Vaccination North-Western Provinces 1866-1877 - 1866-1877
Year: 1866
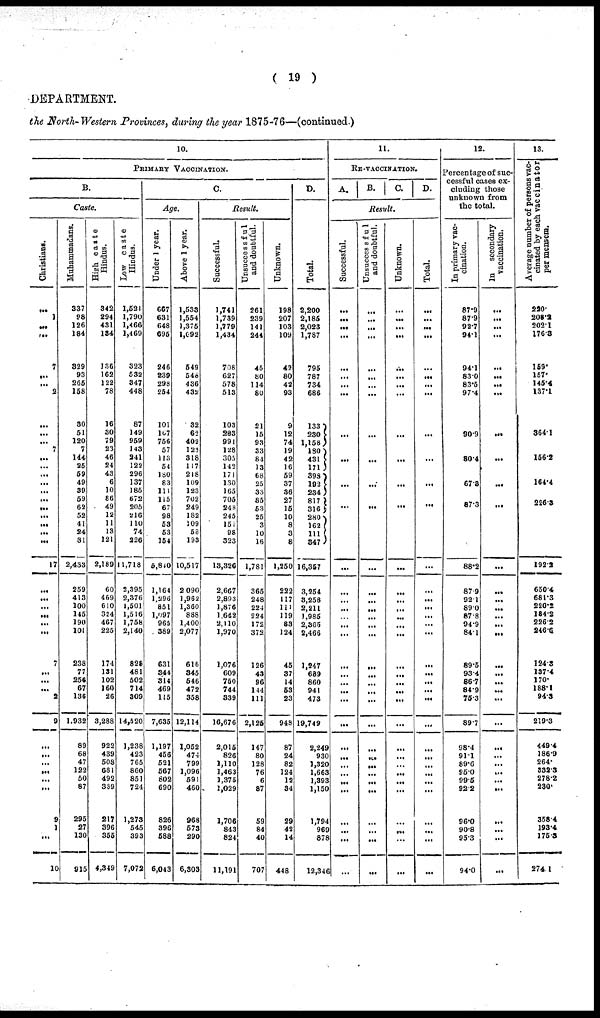
( 19 )
DEPARTMENT.
the North-Western Provinces, during the year 1875-76—(continued.)
10.
PRIMARY VACCINATION.
B.
Caste.
Christians.
...
1
...
...
7
...
...
2
...
...
...
7
...
...
...
...
...
...
...
...
...
...
...
17
...
...
...
...
...
...
7
...
...
...
2
9
...
...
...
...
...
...
9
1
...
10
Muhammadans.
337
98
126
184
329
93
265
158
30
51
120
7
144
25
59
49
39
59
62
52
41
24
81
2,433
259
413
100
145
190
101
238
77
256
67
136
1,932
89
68
47
122
50
87
295
27
130
915
High caste
Hindus.
342
294
431
134
136
162
122
78
16
30
79
23
46
24
43
6
10
86
49
12
11
13
121
2,189
60
469
610
324
467
225
174
131
102
160
26
3,288
922
439
508
681
492
339
217
396
355
4,349
Low caste
Hindus.
1,521
1,790
1,466
1,469
323
532
347
448
87
149
959
143
241
122
296
137
185
672
205
216
110
74
226
11,718
2,395
2,376
1,501
1,516
1,758
2,140
828
481
502
714
309
14,520
1,238
423
765
860
851
724
1,273
545
393
7,072
C.
Age.
Under 1 year.
667
631
648
695
246
239
298
254
101
107
756
57
113
54
180
83
111
115
67
98
53
53
154
5,810
1,164
1,296
851
1,097
965
389
631
344
314
469
115
7,635
1,197
456
521
567
802
690
826
396
588
6,043
Above 1 year.
1,533
1,554
1,375
1,092
549
548
436
432
32
62
402
123
318
117
218
109
123
702
249
182
109
58
193
10,517
2,090
1,962
1,360
888
1,400
2,077
616
345
546
472
358
12,114
1,052
474
799
1,096
591
460
968
573
290
6,303
Result.
Successful.
1,741
1,739
1,779
1,434
708
627
578
513
103
203
991
128
305
142
171
130
165
705
248
245
151
98
323
13,326
2,667
2,893
1,876
1,642
2,110
1,970
1,076
609
750
744
339
16,676
2,015
826
1,110
1,463
1,375
1,029
1,706
843
824
11,191
Unsuccessful
and doubtful.
261
239
141
244
45
80
114
80
21
15
93
33
84
13
68
25
33
85
53
25
3
10
16
1,781
365
248
224
224
172
372
126
43
96
144
111
2,125
147
80
128
76
6
87
59
84
40
707
Unknown.
198
207
103
109
42
80
42
93
9
12
74
19
42
16
59
37
36
27
15
10
8
3
8
1,250
222
117
111
119
83
124
45
37
14
53
23
948
87
24
82
124
12
34
29
42
14
448
D.
Total.
2,200
2,185
2,023
1,787
795
787
734
686
133
230
1,158
180
431
171
398
192
234
817
316
280
162
111
347
16,357
3,254
3,258
2,211
1,985
2,365
2,466
1,247
689
860
941
473
19,749
2,249
930
1,320
1,663
1,393
1,150
1,794
969
878
12,346
11.
RE-VACCINATION.
A.
B.
C.
D.
Result.
Successful.
...
...
...
...
...
...
...
...
...
...
...
...
...
...
...
...
...
...
...
...
...
...
...
...
...
...
...
...
...
...
...
...
...
...
...
...
Unsuccessful
and doubtful.
...
...
...
...
...
...
...
...
...
...
...
...
...
...
...
...
...
...
...
...
...
...
...
...
...
...
...
...
...
...
...
...
...
...
...
Unknown.
...
...
...
...
...
...
...
...
...
...
...
...
...
...
...
...
...
...
...
...
...
...
...
...
...
...
...
...
...
...
...
...
...
...
...
...
Total.
...
...
...
...
...
...
...
...
...
...
...
...
...
...
...
...
...
...
...
...
...
...
...
...
...
...
...
...
...
...
...
...
...
...
...
...
12.
Percentage of suc-
cessful cases ex-
cluding those
unknown from
the total.
In primary vac-
cination.
87.9
87.9
92.7
94.1
94.1
83.0
83.5
97.4
90.9
80.4
67.8
87.3
...
88.2
87.9
92.1
89.0
87.8
94.9
84.1
89.5
93.4
86.7
84.9
75.3
89.7
98.4
91.1
89.6
95.0
99.5
92.2
96.0
90.8
95.3
94.0
In
secondary
vaccination.
...
...
...
...
...
...
...
...
...
...
...
...
...
...
...
...
...
...
...
...
...
...
...
...
...
...
...
...
...
...
...
...
...
...
...
...
13.
Average number of persons vac-
cinated by each vaccinator
per mensem.
220.
208.2
202.1
176.3
159.
157.
145.4
137.1
364.1
156.2
164.4
226.3
...
192.2
650.4
681.3
220.2
184.2
226.2
246.6.
124.3
137.4
170.
188.1
94.3
219.3
449.4
186.9
264.
332.3
278.2
230.
358.4
193.4
175.3
274.1